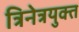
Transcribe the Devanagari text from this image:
त्रिनेत्रयुक्त